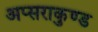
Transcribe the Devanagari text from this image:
अप्सराकुण्ड